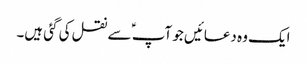
ایک وہ دعائیں جو آپ ؑ سے نقل کی گئی ہیں۔